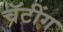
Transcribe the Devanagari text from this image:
चॅटींग